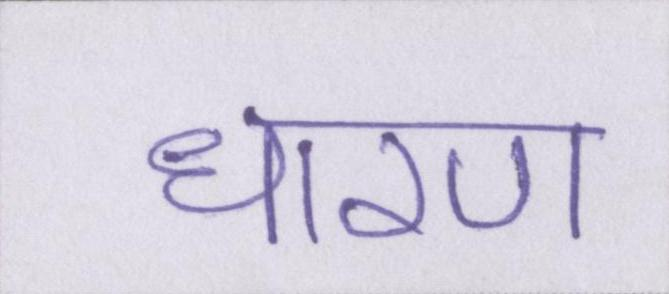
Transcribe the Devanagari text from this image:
धारण